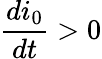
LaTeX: \frac{di_{0}}{dt}>0